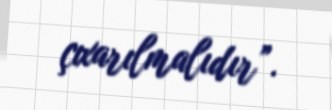
çıxarılmalıdır”.